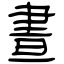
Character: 晝